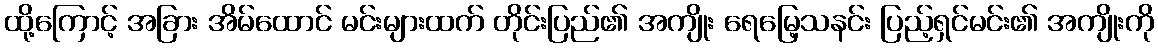
ထို့ကြောင့် အခြား အိမ်ထောင် မင်းများထက် တိုင်းပြည်၏ အကျိုး ရေမြေ့သနင်း ပြည့်ရှင်မင်း၏ အကျိုးကို